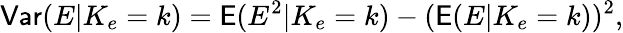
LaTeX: \mathsf{Var}(E|K_{e}=k)=\mathsf E(E^{2}|K_{e}=k)-(\mathsf E(E|K_{e}=k))^{2},